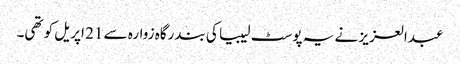
عبدالعزیز نے یہ پوسٹ لیبیا کی بندرگاہ زوارہ سے 21 اپریل کو تھی۔